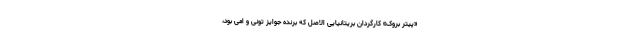
«پیتر بروک» کارگردان بریتانیایی الاصل که برنده جوایز تونی و اِمی بود،